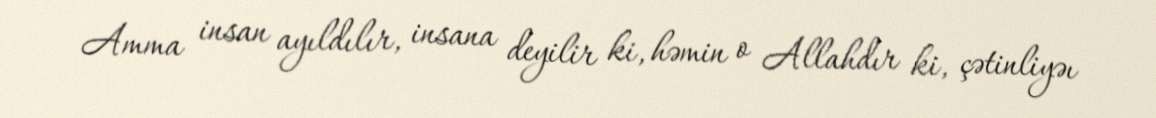
Amma insan ayıldılır, insana deyilir ki, həmin o Allahdır ki, çətinliyəı